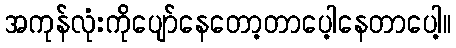
အကုန်လုံးကိုပျော်နေတော့တာပေ့ါနေတာပေါ့။